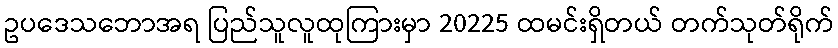
ဥပဒေသဘောအရ ပြည်သူလူထုကြားမှာ 20225 ထမင်းရှိတယ် တက်သုတ်ရိုက်